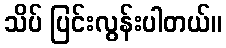
သိပ် ပြင်းလွန်းပါတယ်။